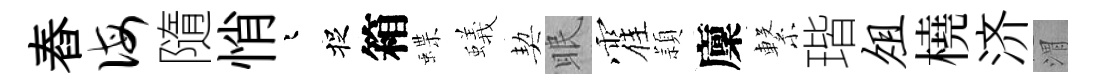
舂诲隨悄迢捉箱蝶蟻契眠霍頴廩繋瑎俎橈济渭